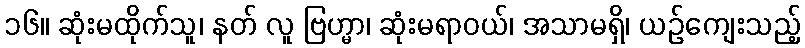
၁၆။ ဆုံးမထိုက်သူ၊ နတ် လူ ဗြဟ္မာ၊ ဆုံးမရာဝယ်၊ အသာမရှိ၊ ယဉ်ကျေးသည့်